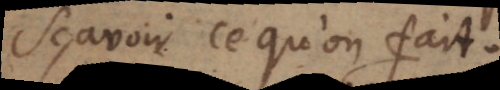
sçavoir ce qu’on fait.